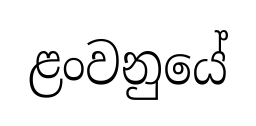
ළංවනුයේ